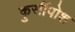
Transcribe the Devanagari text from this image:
कुर्सीपोश